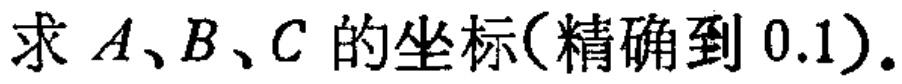
求 \(A、B、C\) 的坐标(精确到 \(0.1\))。